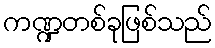
ကဏ္ဍတစ်ခုဖြစ်သည်